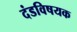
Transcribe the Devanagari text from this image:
दंडविषयक